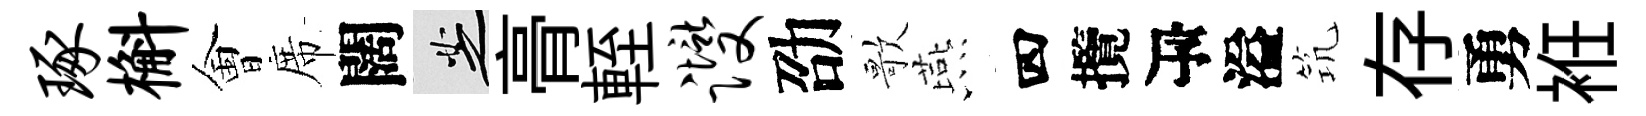
琢槲㑹席闊芝𮌔輊躞劭歌燕四攬瓴溢𥬑存勇袵